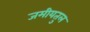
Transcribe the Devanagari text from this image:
जमीयतुल